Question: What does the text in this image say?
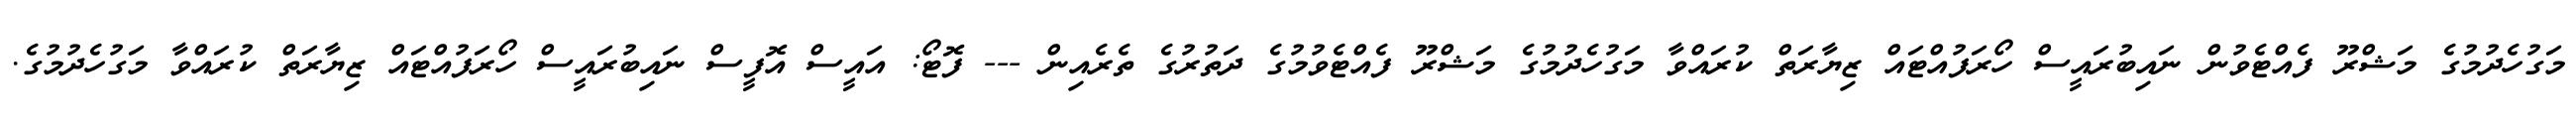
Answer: މަގުހެދުމުގެ މަޝްރޫ ފެއްޓެވުން ނައިބުރައީސް ހޯރަފުއްޓައް ޒިޔާރަތް ކުރައްވާ މަގުހެދުމުގެ މަޝްރޫ ފެއްޓެވުމުގެ ދަތުރުގެ ތެރެއިން --- ފޮޓޯ: އައީސް އޮފީސް ނައިބުރައީސް ހޯރަފުއްޓައް ޒިޔާރަތް ކުރައްވާ މަގުހެދުމުގެ.